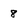
Character: 8